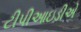
ટીપીઆઇડીએ